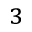
^ 3